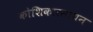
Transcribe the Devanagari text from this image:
कोशिकारसायन